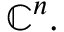
\mathbb { C } ^ { n } .